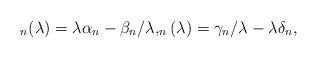
LaTeX: \begin{align*}_{n}(\lambda )=\lambda \alpha _{n}-\beta _{n}/\lambda ,_{n}(\lambda )=\gamma _{n}/\lambda -\lambda \delta _{n},\end{align*}